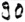
Text: 90